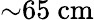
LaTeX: {\sim}65~\mathrm{cm}